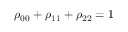
\rho _ { 0 0 } + \rho _ { 1 1 } + \rho _ { 2 2 } = 1